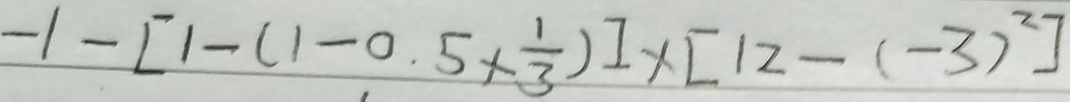
- 1 - [ 1 - ( 1 - 0 . 5 \times \frac { 1 } { 3 } ) ] \times [ 1 2 - ( - 3 ) ^ { 2 } ]